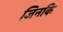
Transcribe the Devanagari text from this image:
जिनकि